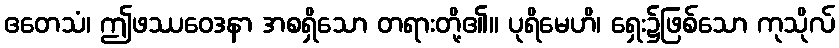
ဧတေသံ၊ ဤဖဿဝေဒနာ အစရှိသော တရားတို့၏။ ပုရိမေဟိ၊ ရှေး၌ဖြစ်သော ကုသိုလ်